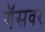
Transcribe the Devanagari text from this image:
गॅसवर